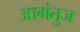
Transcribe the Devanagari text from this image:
आगंतुज